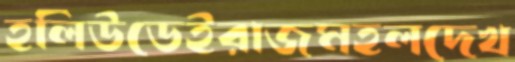
হলিউডেইরাজমহলদেখ